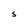
Character: S